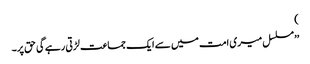
)
’’ مسلسل میری امت میں سے ایک جماعت لڑتی رہے گی حق پر۔